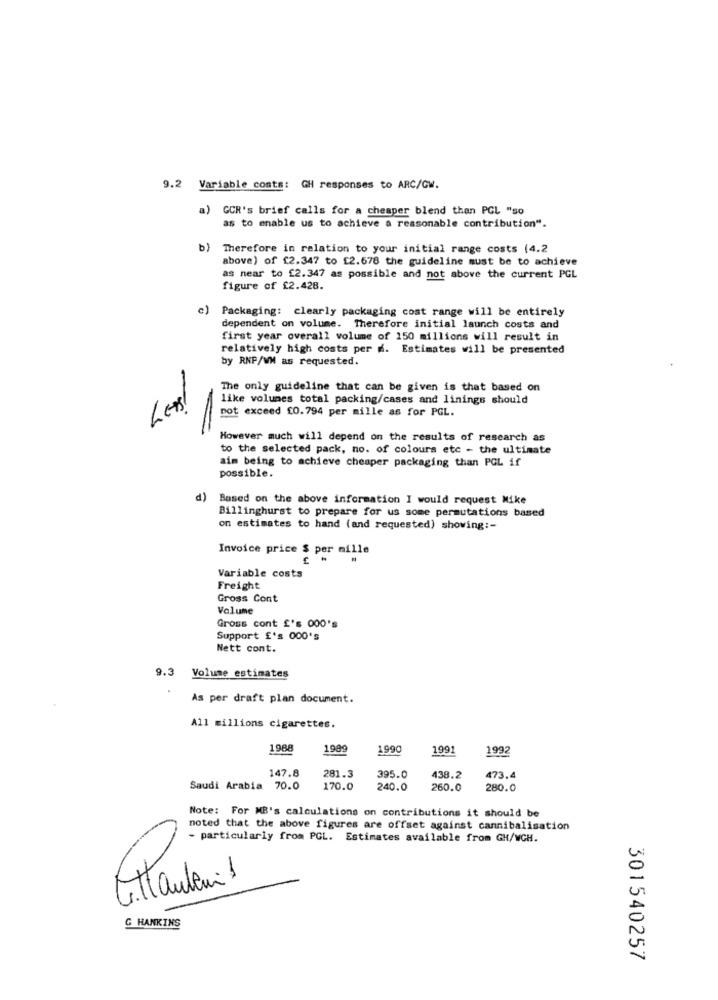
9.2 Variable costs: GH responses to ARC/GW.
GCR's brief calls for a cheaper blend than PCL "so
as to enable us to achieve a reasonable contribution".
b)
Therefore in relation to your initial range costs (4.2
above) of £2.347 to £2.678 the guideline must be to achieve
as near to £2.347 as possible and not above the current PGL
figure of £2.428.
c) Packaging: clearly packaging cost range will be entirely
dependent on volume. Therefore initial launch costs and
first year overall volume of 150 millions will result in
relatively high costs per d. Estimates will be presented
by RNP/WM as requested.
The only guideline that can be given is that based on
like volumes total packing/cases and linings should
LEBs!
pot exceed £0.794 per mille as for PGL.
However much will depend on the results of research as
to the selected pack, no. of colours etc - the ultimate
aim being to achieve cheaper packaging than PGL if
possible.
d)
Based on the above information I would request Mike
Billinghurst to prepare for us some permutations based
on estimates to hand (and requested) showing :-
Invoice price $ per mille
Variable costs
Freight
Gross Cont
Volume
Gross cont £'s 000's
Support £'s 000's
Nett cont.
9.3 Volume estimates
As per draft plan document.
All millions cigarettes.
1988
198
1990
1991
1992
147.8
281.3
395.0
438.2
473.4
Saudi Arabia 70.0
170.0
240.0
260.0
280.0
Note: For MB's calculations on contributions it should be
noted that the above figures are offset against cannibalisation
- particularly from PGL. Estimates available from GH/WGH.
Gittanbei 1
G HANKINS
301540257